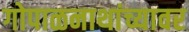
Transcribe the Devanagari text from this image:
गोपाळनाथांच्यावर